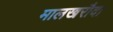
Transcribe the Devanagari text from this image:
मालखरौदा